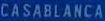
CASABLANCA